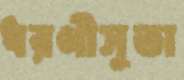
ধরণীসুতা